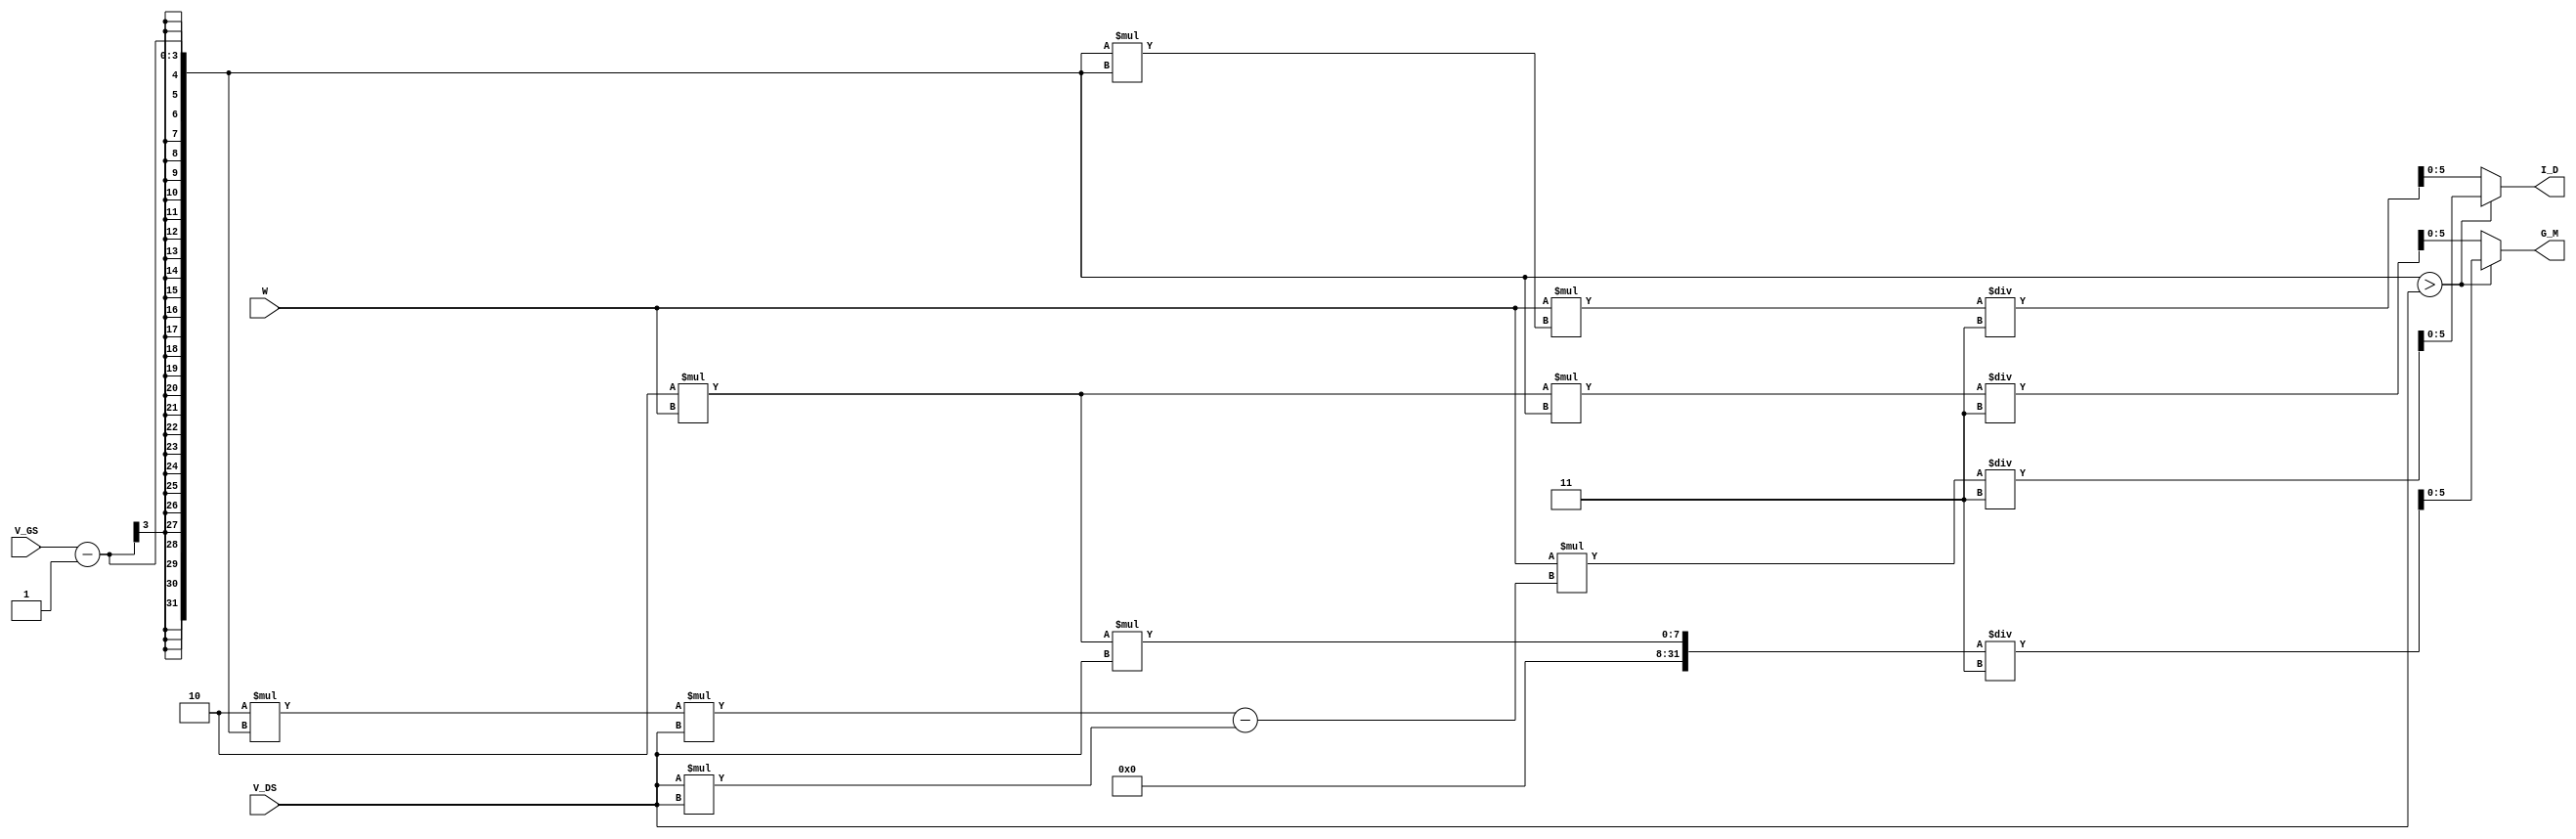
module calculate(
  // Input signals
  W, V_GS, V_DS,
  // Output signals
  I_D, G_M
);

//================================================================
//   INPUT AND OUTPUT DECLARATION
//================================================================
input [2:0] W, V_GS, V_DS;

output reg [5:0] I_D, G_M;

parameter VTH = 1;
  
always @ (*) begin
  if((V_GS - VTH) > V_DS) begin
    I_D = W * ( 2 * (V_GS - VTH) * V_DS - (V_DS * V_DS)) / 3; 
    G_M = 2 * W * V_DS / 3;  
  end
    
  else begin //(V_GS - VTH) <= V_DS
    I_D = W * ((V_GS - VTH) * (V_GS - VTH)) / 3; 
    G_M = 2 * W * (V_GS - VTH) / 3;
  end

end

endmodule